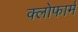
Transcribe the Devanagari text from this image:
क्लोफार्म